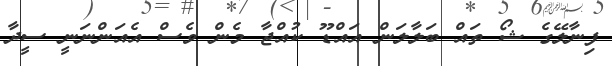
ފިނާލޭގެ ޝޯ ތައް ބަލާލަން އައްޑޫ ކުއްޖާ މެން ވެސް އެއަންނަނީ ސީދާ